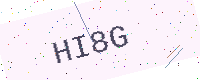
Text: HI8G